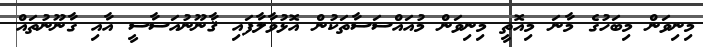
މިނިވަން މިބަހުގެ މާނަ މިއޮތީ މިނިވަން މުއައްސަސާތަކުން އޮޅުވާލާފައި ޤާނޫނުއަސާސީ އާއި ގާނޫނުތައް